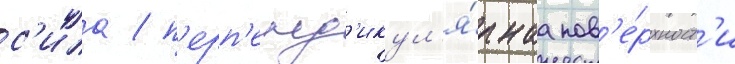
с'ила / п'ерп'енд'икул'я́рнаа пов'е́рхност'и